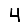
Digit: 4